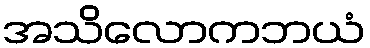
အသိလောကဘယံ